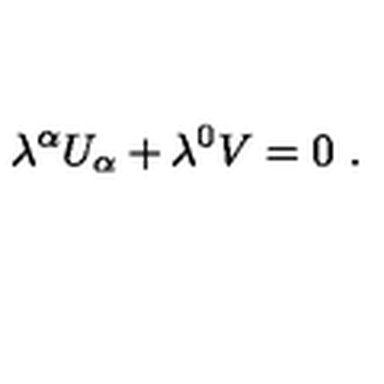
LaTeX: \lambda ^ { \alpha } U _ { \alpha } + \lambda ^ { 0 } V = 0 \ .